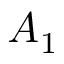
A _ { 1 }